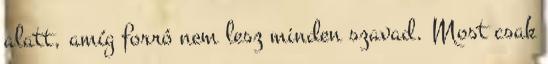
alatt, amíg forró nem lesz minden szavad. Most csak